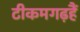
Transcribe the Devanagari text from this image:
टीकमगढ़हैं